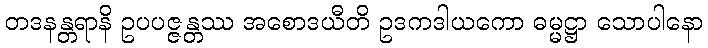
တဒနန္တရာနိ ဥပပဇ္ဇန္တဿ အစောဒယီတိ ဥဒကဒါယကော ဓမ္မဋ္ဌာ သောပါနော